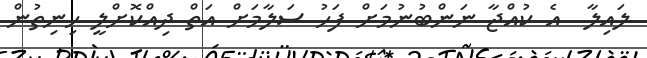
ލައިލާ  އެ ކުއްޖާ ނަންބުނުމަށް ފަހު ސަލާމަށް އަތް ދިއްކޮށްލީ ހިނިތުން